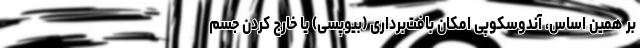
بر همین اساس، آندوسکوپی امکان بافت‌برداری (بیوپسی) یا خارج کردن جسم